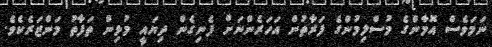
ނަަމަވެސް އޮމާންގެ މުސްލިމުންގެ ފަރާތުން އަަހަރެންނަށް ފެނިގެން ދިޔައީ މުޅިން ތަފާތު މަންޒަރެކެވެ.